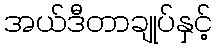
အယ်ဒီတာချုပ်နှင့်